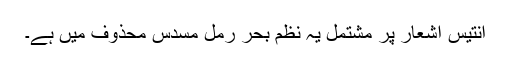
انتیس اشعار پر مشتمل یہ نظم بحر رمل مسدس محذوف میں ہے۔